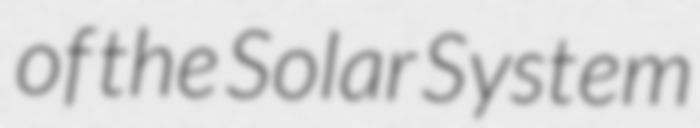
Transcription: of the Solar System